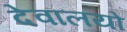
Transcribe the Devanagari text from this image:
देवालयो